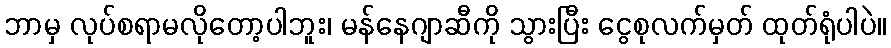
ဘာမှ လုပ်စရာမလိုတော့ပါဘူး၊ မန်နေဂျာဆီကို သွားပြီး ငွေစုလက်မှတ် ထုတ်ရုံပါပဲ။